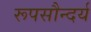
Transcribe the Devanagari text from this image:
रूपसौन्दर्य